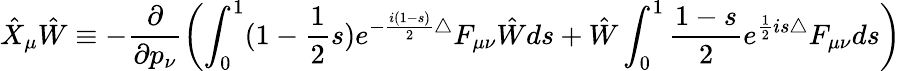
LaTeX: \hat{X}_{\mu}\hat{W}\equiv-\frac{\partial}{\partial p_{\nu}}\left(\int_{0}^{1}(1-\frac{1}{2}s)e^{-\frac{i(1-s)}{2}\bigtriangleup}F_{\mu\nu}\hat{W}ds+\hat{W}\int_{0}^{1}\frac{1-s}{2}e^{\frac{1}{2}is\bigtriangleup}F_{\mu\nu}ds\right)